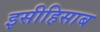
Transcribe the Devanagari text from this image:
इसीहिसाब